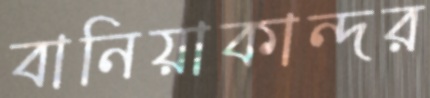
বানিয়াকান্দর